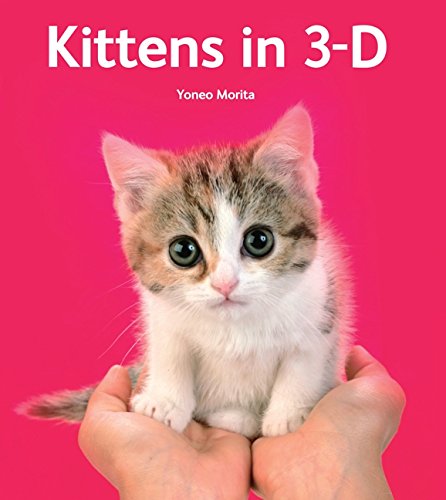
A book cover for Kittens in 3-D; Yoneo Morita; Crafts, Hobbies & Home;